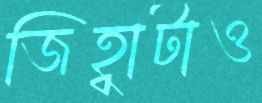
জিহ্বাটাও